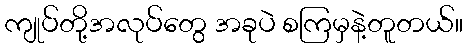
ကျုပ်တို့အလုပ်တွေ အခုပဲ စကြမှနဲ့တူတယ်။